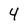
Character: 4